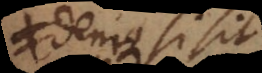
denique si sit